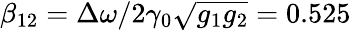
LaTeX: \beta_{12}=\Delta\omega/2\gamma_{0}\sqrt{g_{1}g_{2}}=0.525